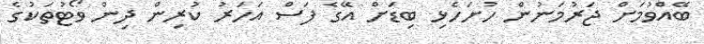
ބޭއްވުމަށް ޖަރުމަނުން ހުށަހެޅި ބިޑަށް އޭގެ ފަސް އަހަރު ކުރިން ދިން ވޯޓުތަކުގެ